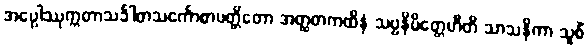
အပ္ပေါဿုက္ကတာသင်္ခါတသင်္ကောစာပတ္တိတော အတ္ထတကထိနံ သဗ္ဗနိမိတ္တေဟီတိ သာသနိကာ သူစိံ